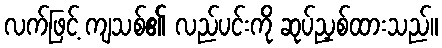
လက်ဖြင့် ကျသစ်၏ လည်ပင်းကို ဆုပ်ညှစ်ထားသည်။